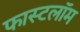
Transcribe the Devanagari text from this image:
फास्टलॉम